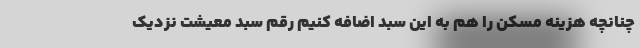
چنانچه هزینه مسکن را هم به این سبد اضافه کنیم رقم سبد معیشت نزدیک